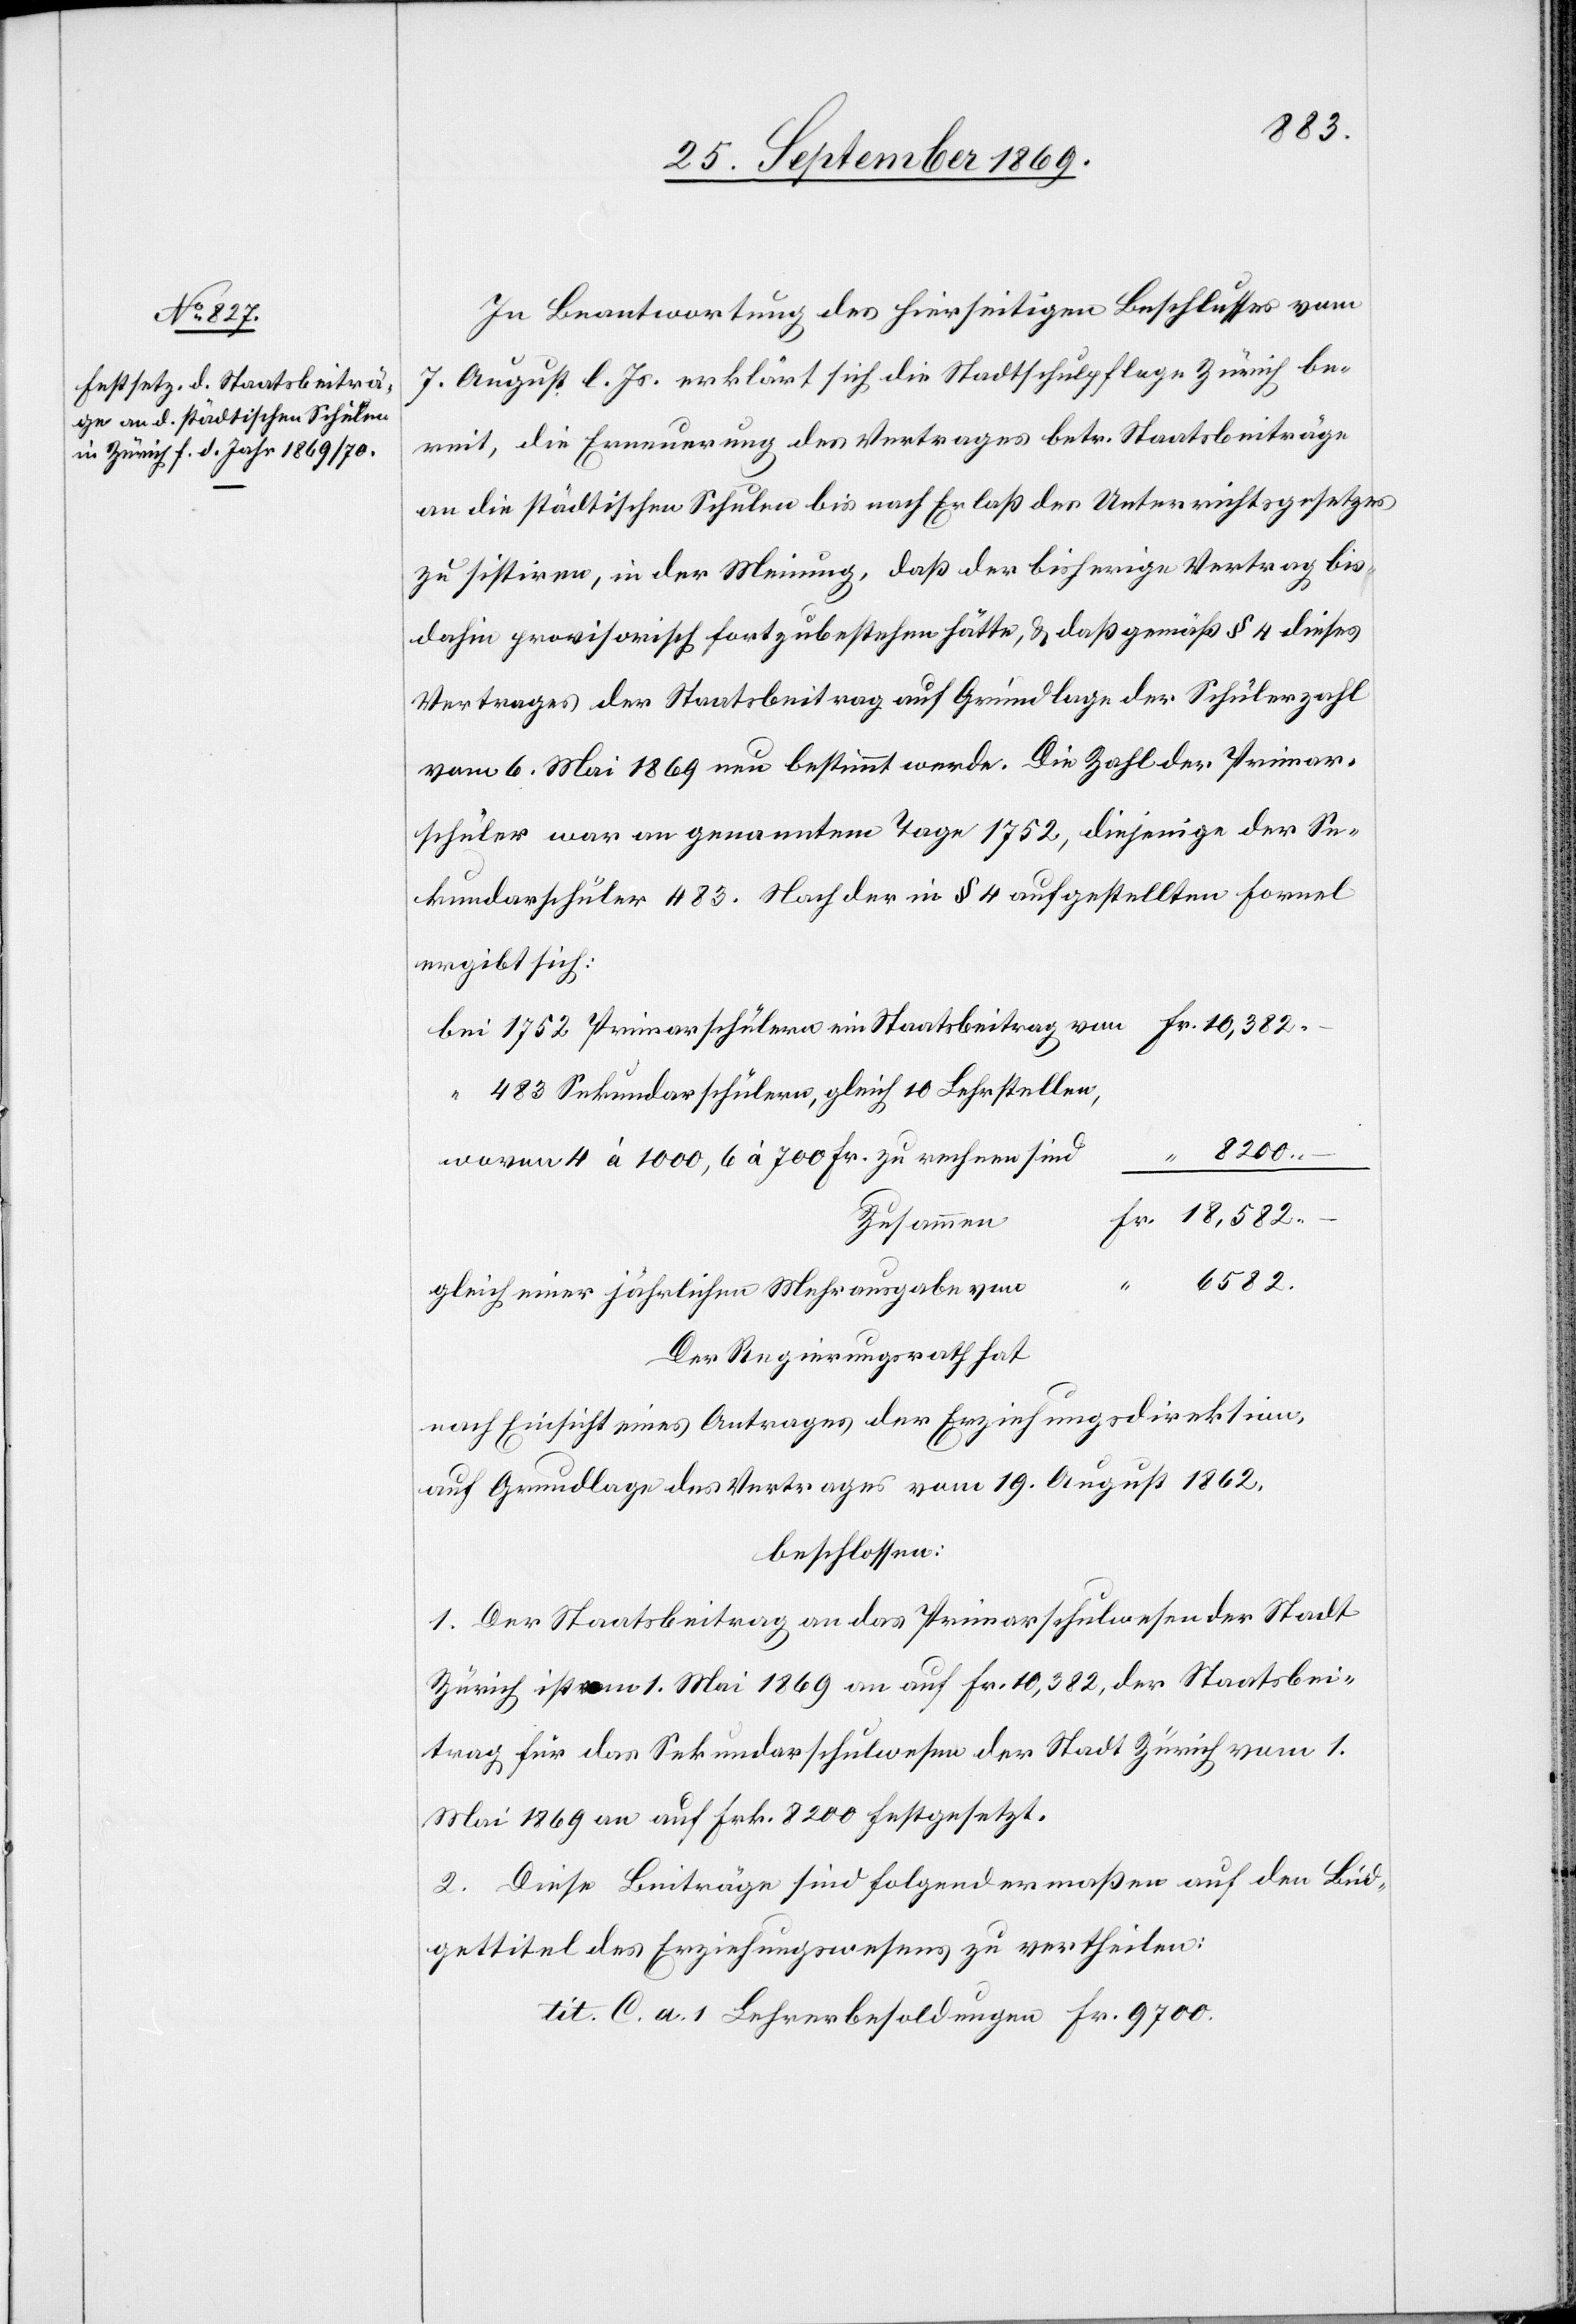
In Beantwortung des hierseitigen Beschlusses vom
7. August l. Js. erklärt sich die Stadtschulpflege Zürich be¬
reit, die Erneuerung des Vertrages betr. Staatsbeiträge
an die städtischen Schulen bis nach Erlaß des Unterrichtsgesetzes
zu sistiren, in der Meinung, daß der bisherige Vertrag bis
dahin provisorisch fortzubestehen hätte, & daß gemäß § 4 dieses
Vertrages der Staatsbeitrag auf Grundlage der Schülerzahl
vom 6. Mai 1869 neu bestimmt werde. Die Zahl der Primar¬
schüler war an genanntem Tage 1752, diejenige der Se¬
kundarschüler 483. Nach der in § 4 aufgestellten Formel
ergibt sich:
bei 1752 Primarschülern ein Staatsbeitrag von Fr. 10,382
483 Sekundarschülern, gleich 10 Lehrstellen,
a.
1
wovon 4 à 1000, 6 à 700 Fr. zu rechnen sind
Zusammen
“ 6582.
gleich einer jährlichen Mehrausgabe von
Der Regierungsrath hat
nach Einsicht eines Antrages der Erziehungsdirektion,
auf Grundlage des Vertrages vom 19. August 1862,
beschlossen:
1. Der Staatsbeitrag an das Primarschulwesen der Stadt
Zürich ist vom 1. Mai 1869 an auf Fr. 10,382, der Staatsbei¬
trag für das Sekundarschulwesen der Stadt Zürich vom 1.
Mai 1869 an auf Frk. 8200 festgesetzt.
2. Diese Beiträge sind folgendermaßen auf den Büd¬
gettitel des Erziehungswesens zu vertheilen: